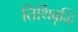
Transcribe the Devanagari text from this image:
तिथिवृद्धि